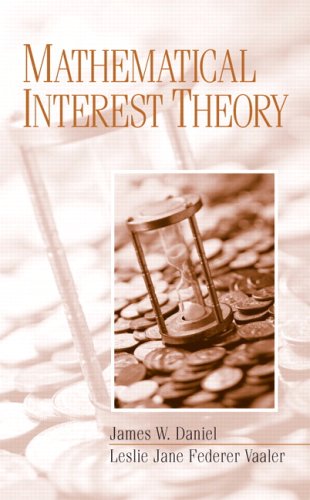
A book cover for Mathematical Interest Theory; James W. Daniel; Business & Money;